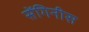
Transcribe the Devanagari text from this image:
सेंगिनीस